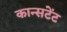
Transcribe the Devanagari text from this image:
कान्सटेंट